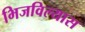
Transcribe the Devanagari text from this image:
भिजविल्यास